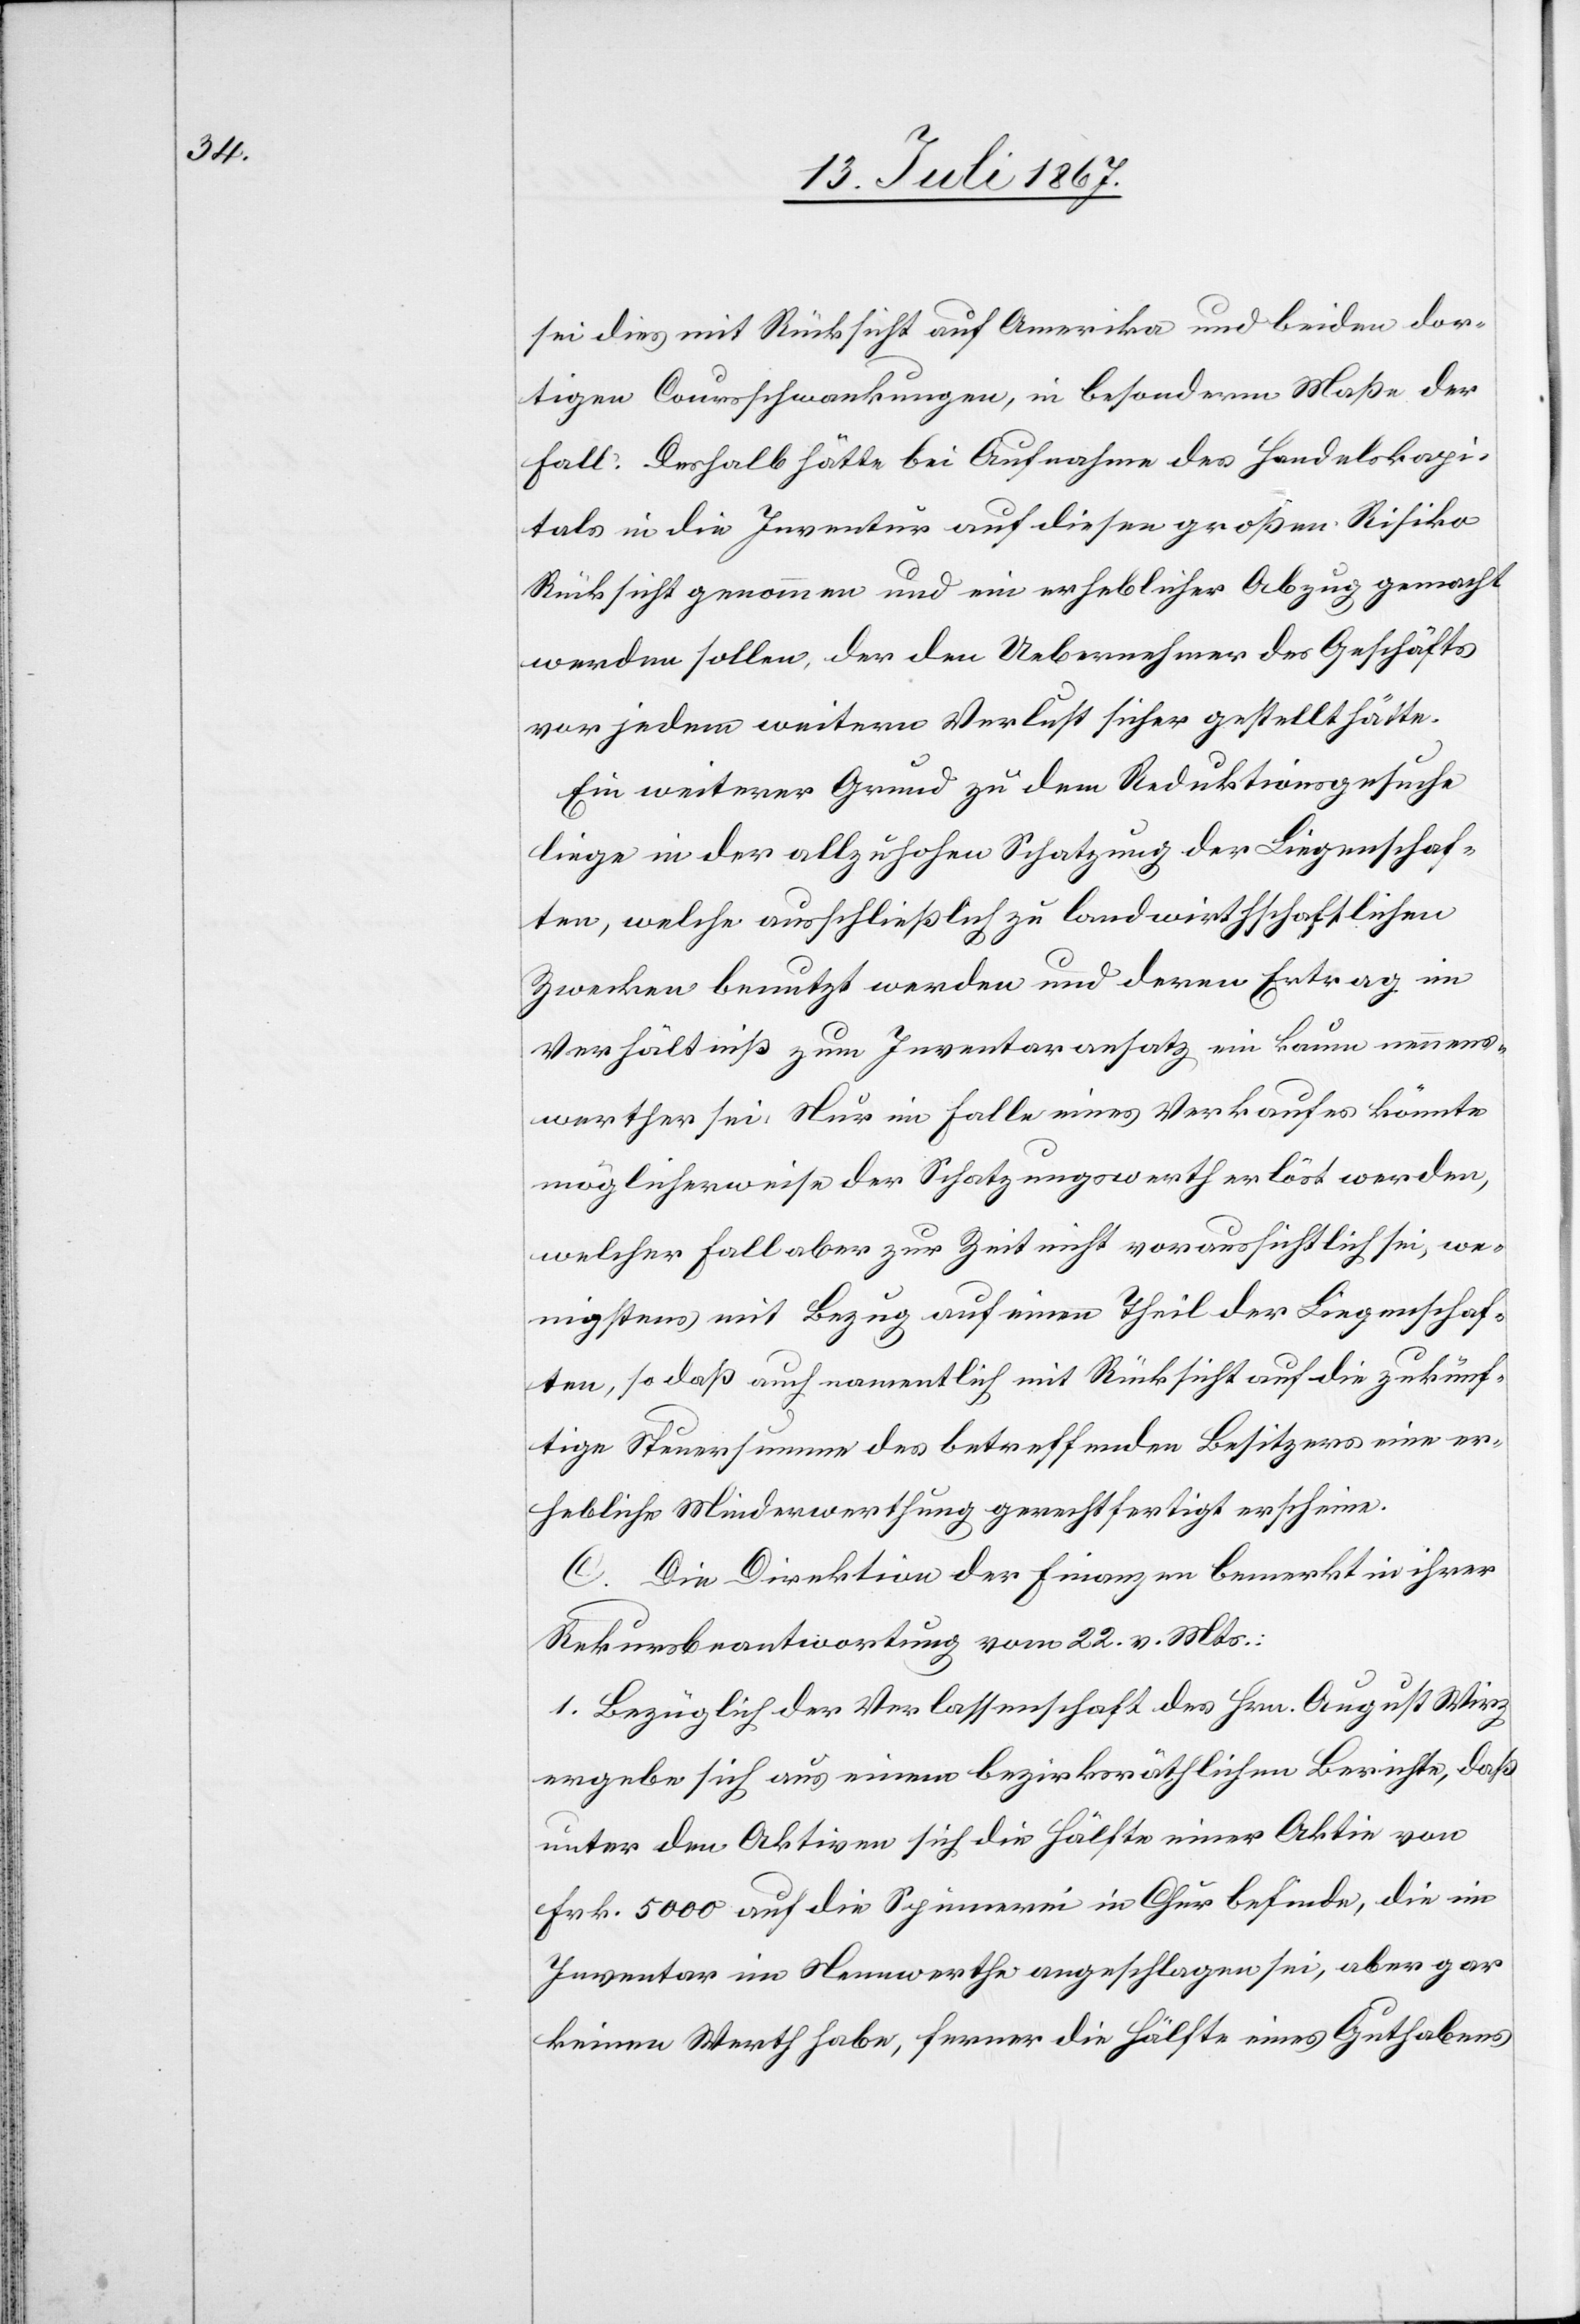
sei dies mit Rücksicht auf Amerika und bei den dor¬
tigen Coursschwankungen, in besonderm Maße der
Fall. Deshalb hätte bei Aufnahme des Handelskapi¬
tals in die Inventur auf diesen großen Risiko
Rücksicht genommen und ein erheblicher Abzug gemacht
werden sollen, der den Uebernehmer des Geschäfts
vor jedem weitern Verlust sicher gestellt hätte.
Ein weiterer Grund zu dem Reduktionsgesuche
liege in der allzu hohen Schatzung der Liegenschaf¬
ten, welche ausschließlich zu landwirthschaftlichen
Zwecken benutzt werden und deren Ertrag im
Verhältniß zum Inventaransatz ein kaum nennens¬
werther sei. Nur im Falle eines Verkaufes könnte
möglicherweise der Schatzungswerth erlöst werden,
welcher Fall aber zur Zeit nicht voraussichtlich sei, we¬
nigstens mit Bezug auf einen Theil der Liegenschaf¬
ten, so daß auch namentlich mit Rücksicht auf die zukünf¬
tige Steuersumme des betreffenden Besitzers eine er¬
hebliche Minderwerthung gerechtfertigt erscheine.
C. Die Direktion der Finanzen bemerkt in ihrer
Rekursbeantwortung vom 22. v. Mts.:
1. Bezüglich der Verlassenschaft des Hrn. August Wirz
ergebe sich aus einem bezirksräthlichen Berichte, daß
unter den Aktiven sich die Hälfte einer Aktie von
Frk. 5000 auf die Spinnerei in Chur befinde, die im
Inventar im Nennwerthe angeschlagen sei, aber gar
keinen Werth habe, ferner die Hälfte eines Guthabens